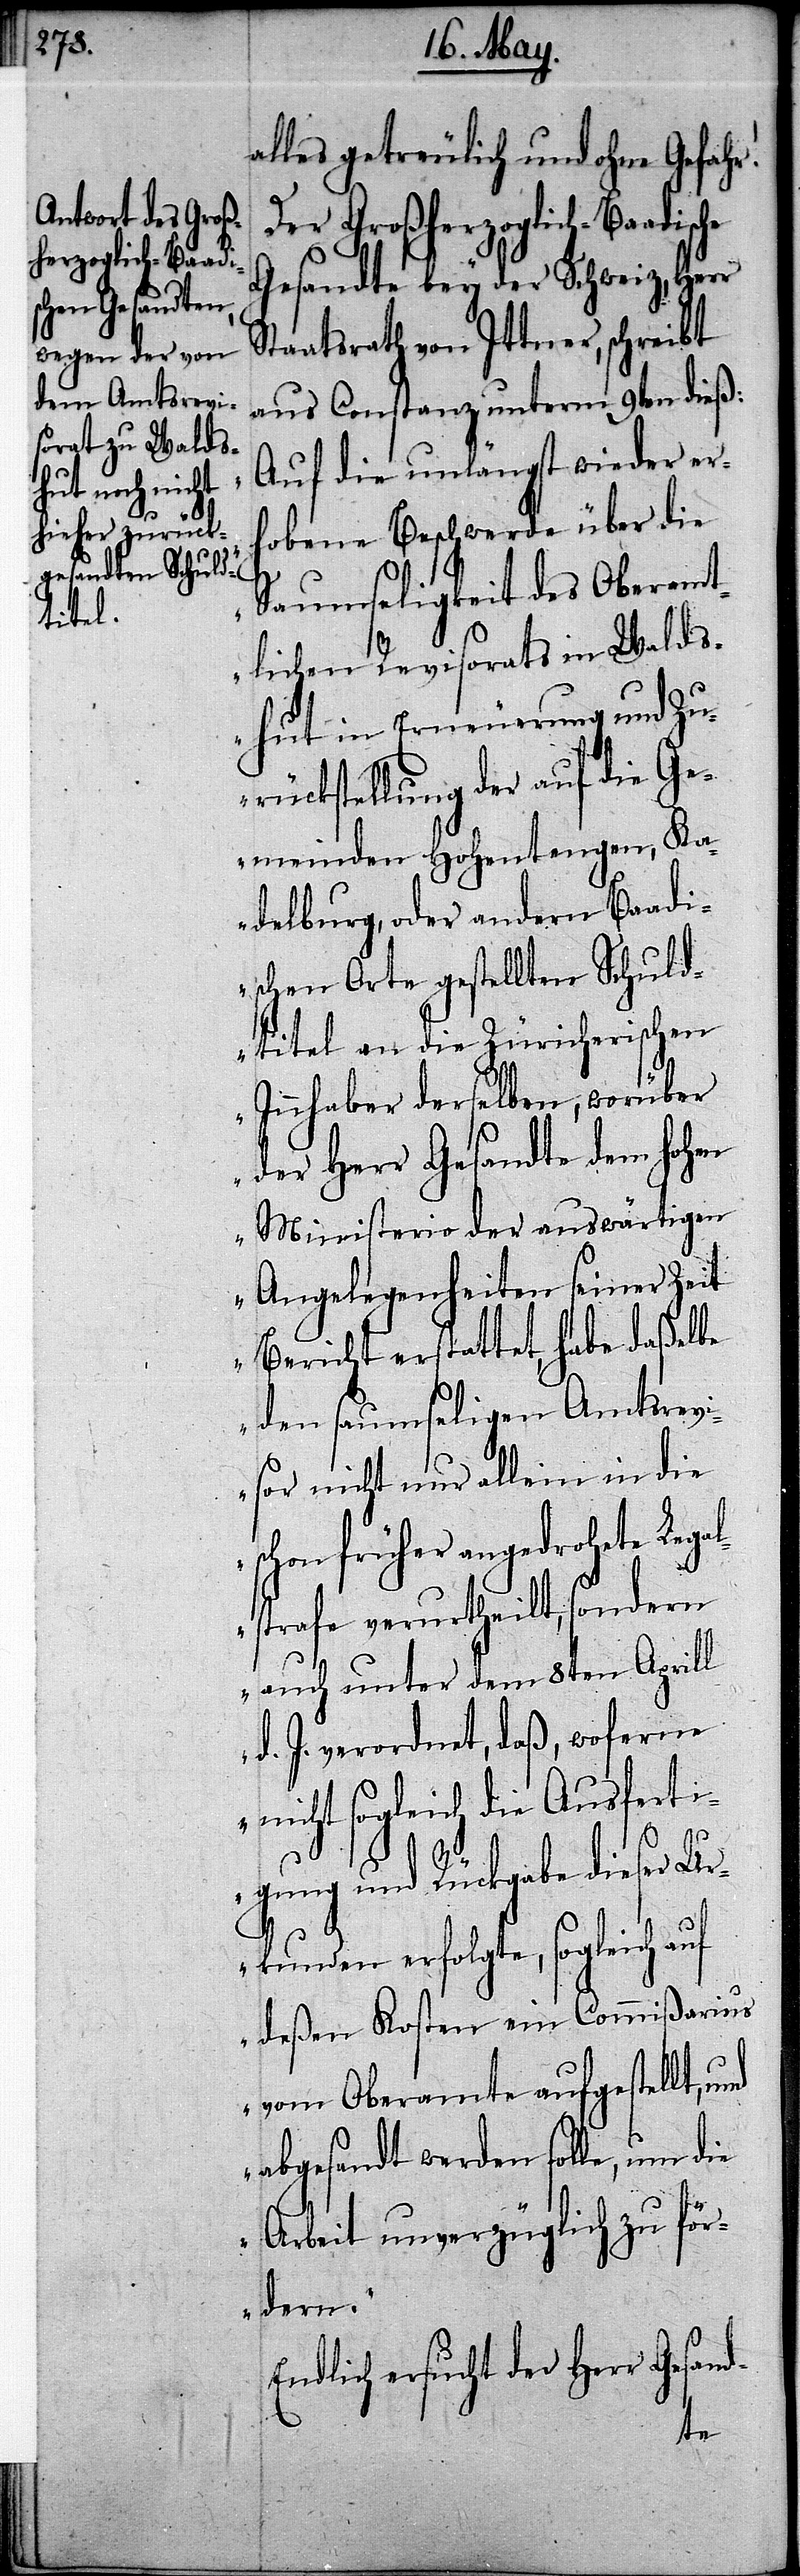
alles getreulich und ohne Gefahr!
Der Großherzoglich-Baadis¬
Gesandte bey der Schweiz, Herr
Staatsrath von Ittner, schreibt
aus Constanz unterm 9ten dieß:
„Auf die unlängst wieder erh¬
obene Beschwerde über die
Saumseligkeit des Oberamt¬
lichen Revisorats in Walds¬
hut in Erneuerung und Zu¬
rückstellung der auf die Ge¬
meinden Hohentengen, Ka¬
delburg, oder andern Baadi¬
schen Orte gestellten Schuld¬
titel an die züricherischen
Innhaber derselben, worüber
der Herr Gesandte dem Hohen
Ministerio der auswärtigen
Angelegenheiten seiner Zeit
Bericht erstattet, habe daßelbe
den saumseligen Amtsrevi¬
sor nicht nur allein in die
schon früher angedrohete Legal¬
strafe verurtheilt, sondern
auch unter dem 8ten Aprill
d. J. verordnet, daß, woferne
nicht sogleich die Ausferti¬
gung und Rückgabe dieser Ur¬
kunden erfolgte, sogleich auf
deßen Kosten ein Commißarius
vom Oberamte aufgestellt,
abgesandt werden solle, um die
Arbeit unverzüglich zu fö¬
rdern.“
Endlich ersucht der Herr Gesand-
che